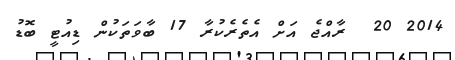
2014 20  ރާއްޖެ އަށް އެތެރެކުރާ 17 ބާވަތަކުން ޑިއުޓީ ބޮޑު